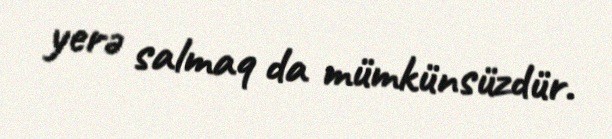
yerə salmaq da mümkünsüzdür.